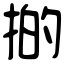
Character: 𢯊